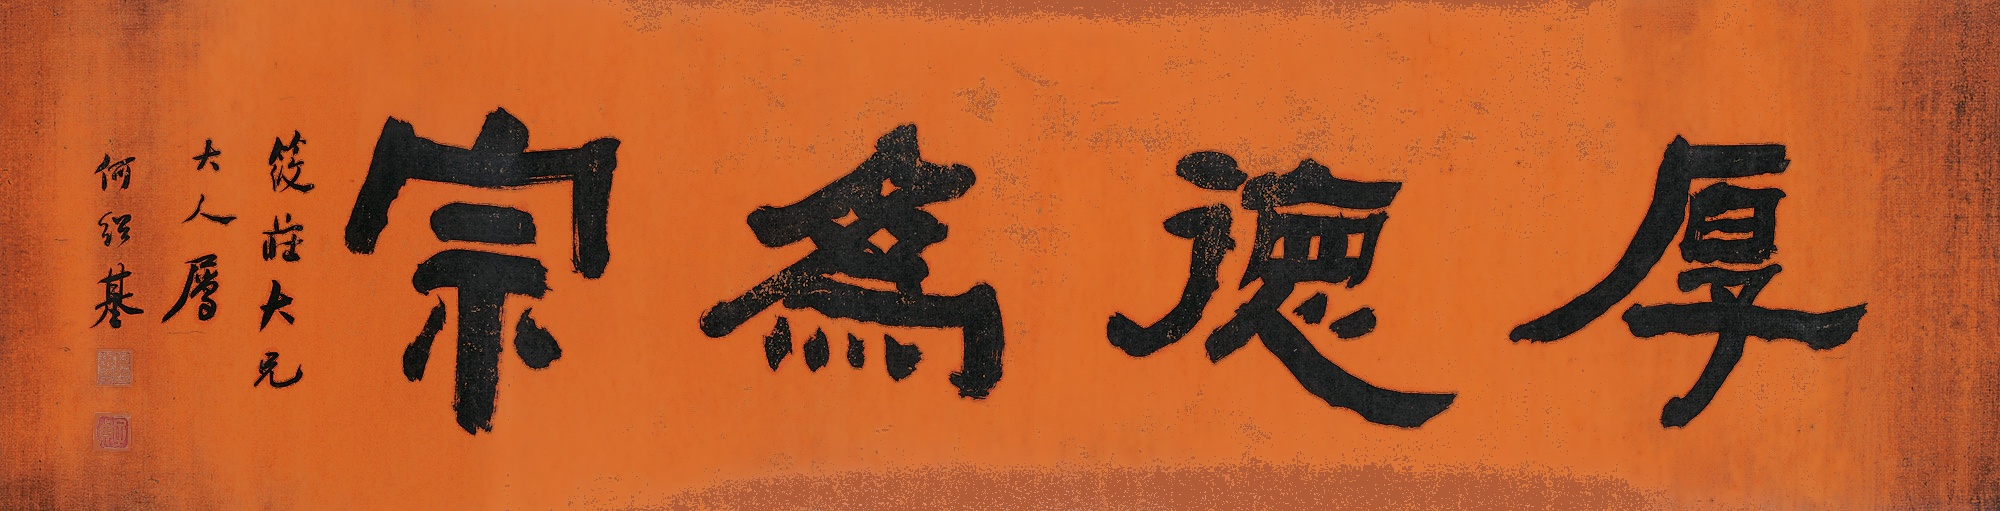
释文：厚德为宗。筱庄大兄大人属，何绍基。